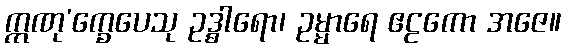
ဣဏု’က္ခေပေသု ဥဒ္ဓါရော၊ ဥမ္မာရေ ဧဠကော အဇေ။